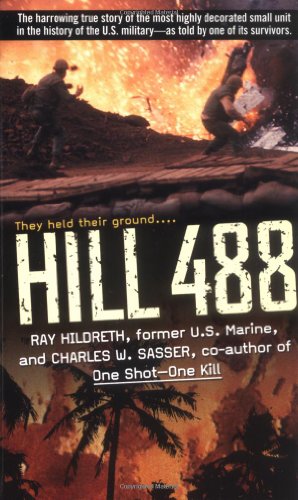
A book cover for Hill 488; Ray Hildreth; History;